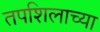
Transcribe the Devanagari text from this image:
तपशिलाच्या